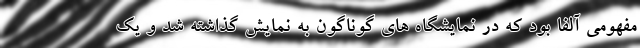
مفهومی آلفا بود که در نمایشگاه های گوناگون به نمایش گذاشته شد و یک